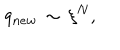
LaTeX: q _ { n e w } \, \sim \, \xi ^ { N } ,